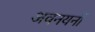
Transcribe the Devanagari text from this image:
अवनयनों